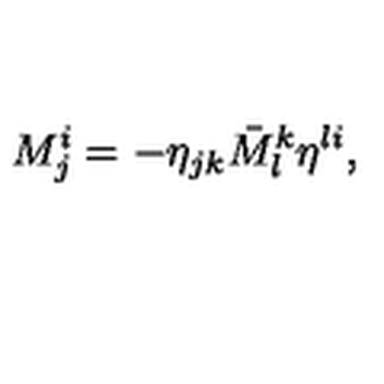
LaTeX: M _ { j } ^ { i } = - \eta _ { j k } \bar { M } _ { l } ^ { k } \eta ^ { l i } ,